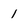
Character: 1